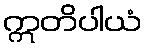
ဣတိပါယံ